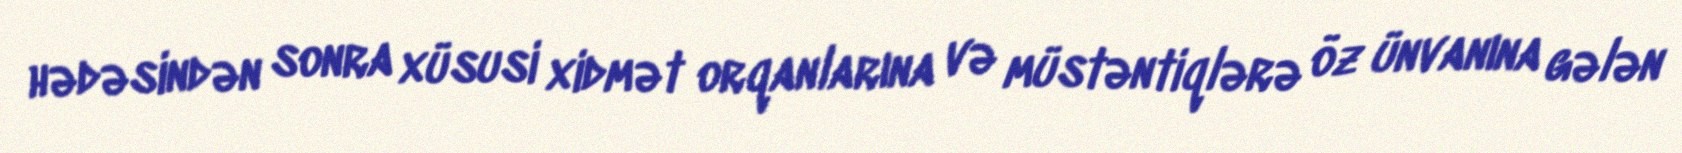
hədəsindən sonra xüsusi xidmət orqanlarına və müstəntiqlərə öz ünvanına gələn